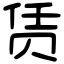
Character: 赁